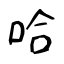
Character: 哈